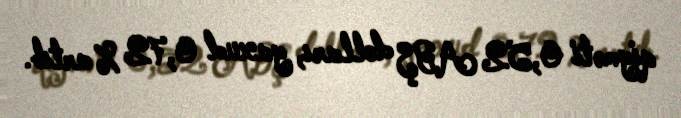
qiyməti 0,52 ABŞ dolları, yaxud 0,72 % artıb.